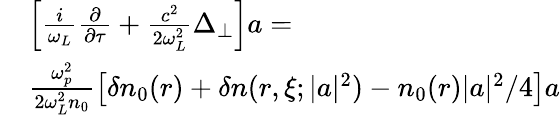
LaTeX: \begin{array}{rl}&{\left[\frac{i}{\omega_{L}}\frac{\partial}{\partial\tau}+\frac{c^{2}}{2\omega_{L}^{2}}\Delta_{\perp}\right]a=}\\ &{\frac{\omega_{p}^{2}}{2\omega_{L}^{2}n_{0}}\left[\delta n_{0}(r)+\delta n(r,\xi;|a|^{2})-n_{0}(r)|a|^{2}/4\right]a}\end{array}